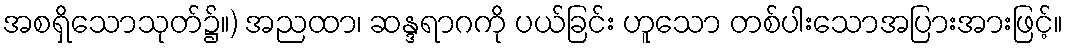
အစရှိသောသုတ်၌။) အညထာ၊ ဆန္ဒရာဂကို ပယ်ခြင်း ဟူသော တစ်ပါးသောအပြားအားဖြင့်။